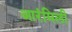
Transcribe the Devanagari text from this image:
आरंमिली